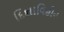
દિશાવિહીન